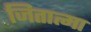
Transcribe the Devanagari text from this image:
जितात्मा